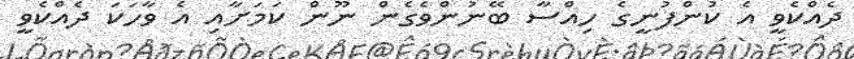
ދެއްކެވީ އެ ކުންފުނީގެ ހިއްސާ ބޭނުންވެގެން ނޫން ކަމަށާއި އެ ވާހަކަ ދެއްކެވީ